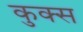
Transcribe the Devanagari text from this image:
कुक्स